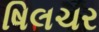
ષિલચર